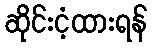
ဆိုင်းငံ့ထားရန်